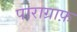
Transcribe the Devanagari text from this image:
पाराग्राफ़